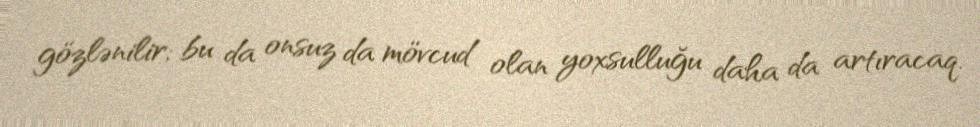
gözlənilir; bu da onsuz da mövcud olan yoxsulluğu daha da artıracaq.